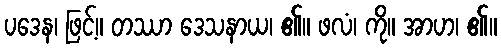
ပဒေန၊ ဖြင့်။ တဿာ ဒေသနာယ၊ ၏။ ဖလံ၊ ကို။ အာဟ၊ ၏။